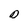
Character: D